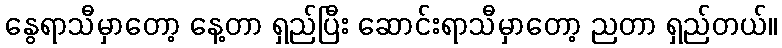
နွေရာသီမှာတော့ နေ့တာ ရှည်ပြီး ဆောင်းရာသီမှာတော့ ညတာ ရှည်တယ်။